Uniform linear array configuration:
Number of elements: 48
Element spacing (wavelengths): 0.5
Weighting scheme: hamming
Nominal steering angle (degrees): -60
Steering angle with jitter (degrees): -61.709
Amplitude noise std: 0.05
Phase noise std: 0.05

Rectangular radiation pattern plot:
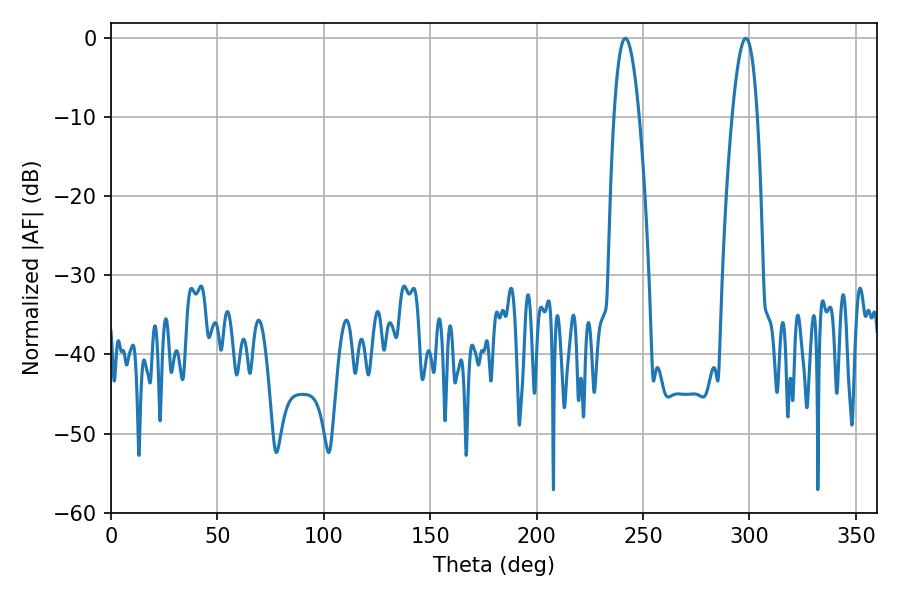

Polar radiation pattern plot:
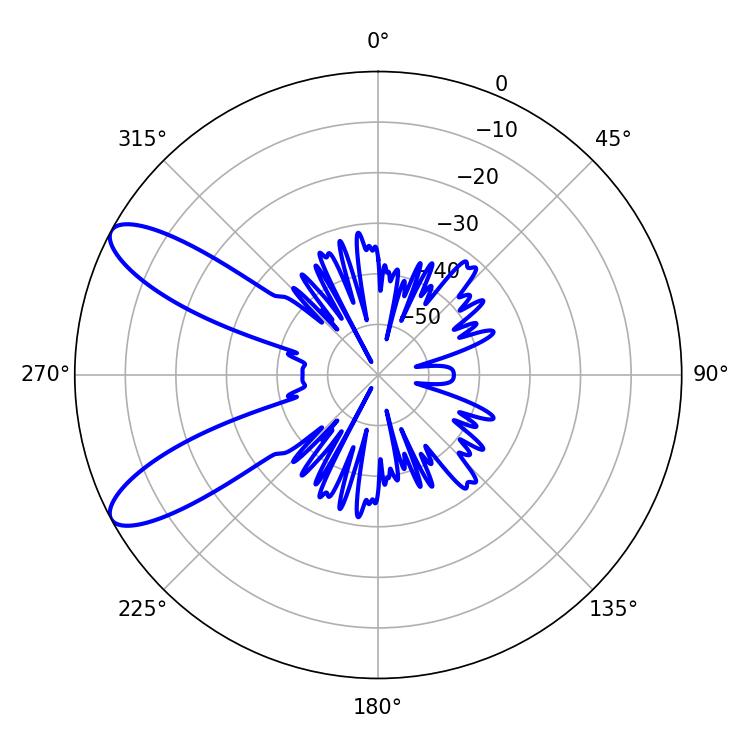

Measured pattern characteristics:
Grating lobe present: FALSE
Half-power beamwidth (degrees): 6.48
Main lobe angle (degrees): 298.26